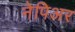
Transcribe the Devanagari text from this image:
नेपिअर